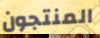
المنتجون